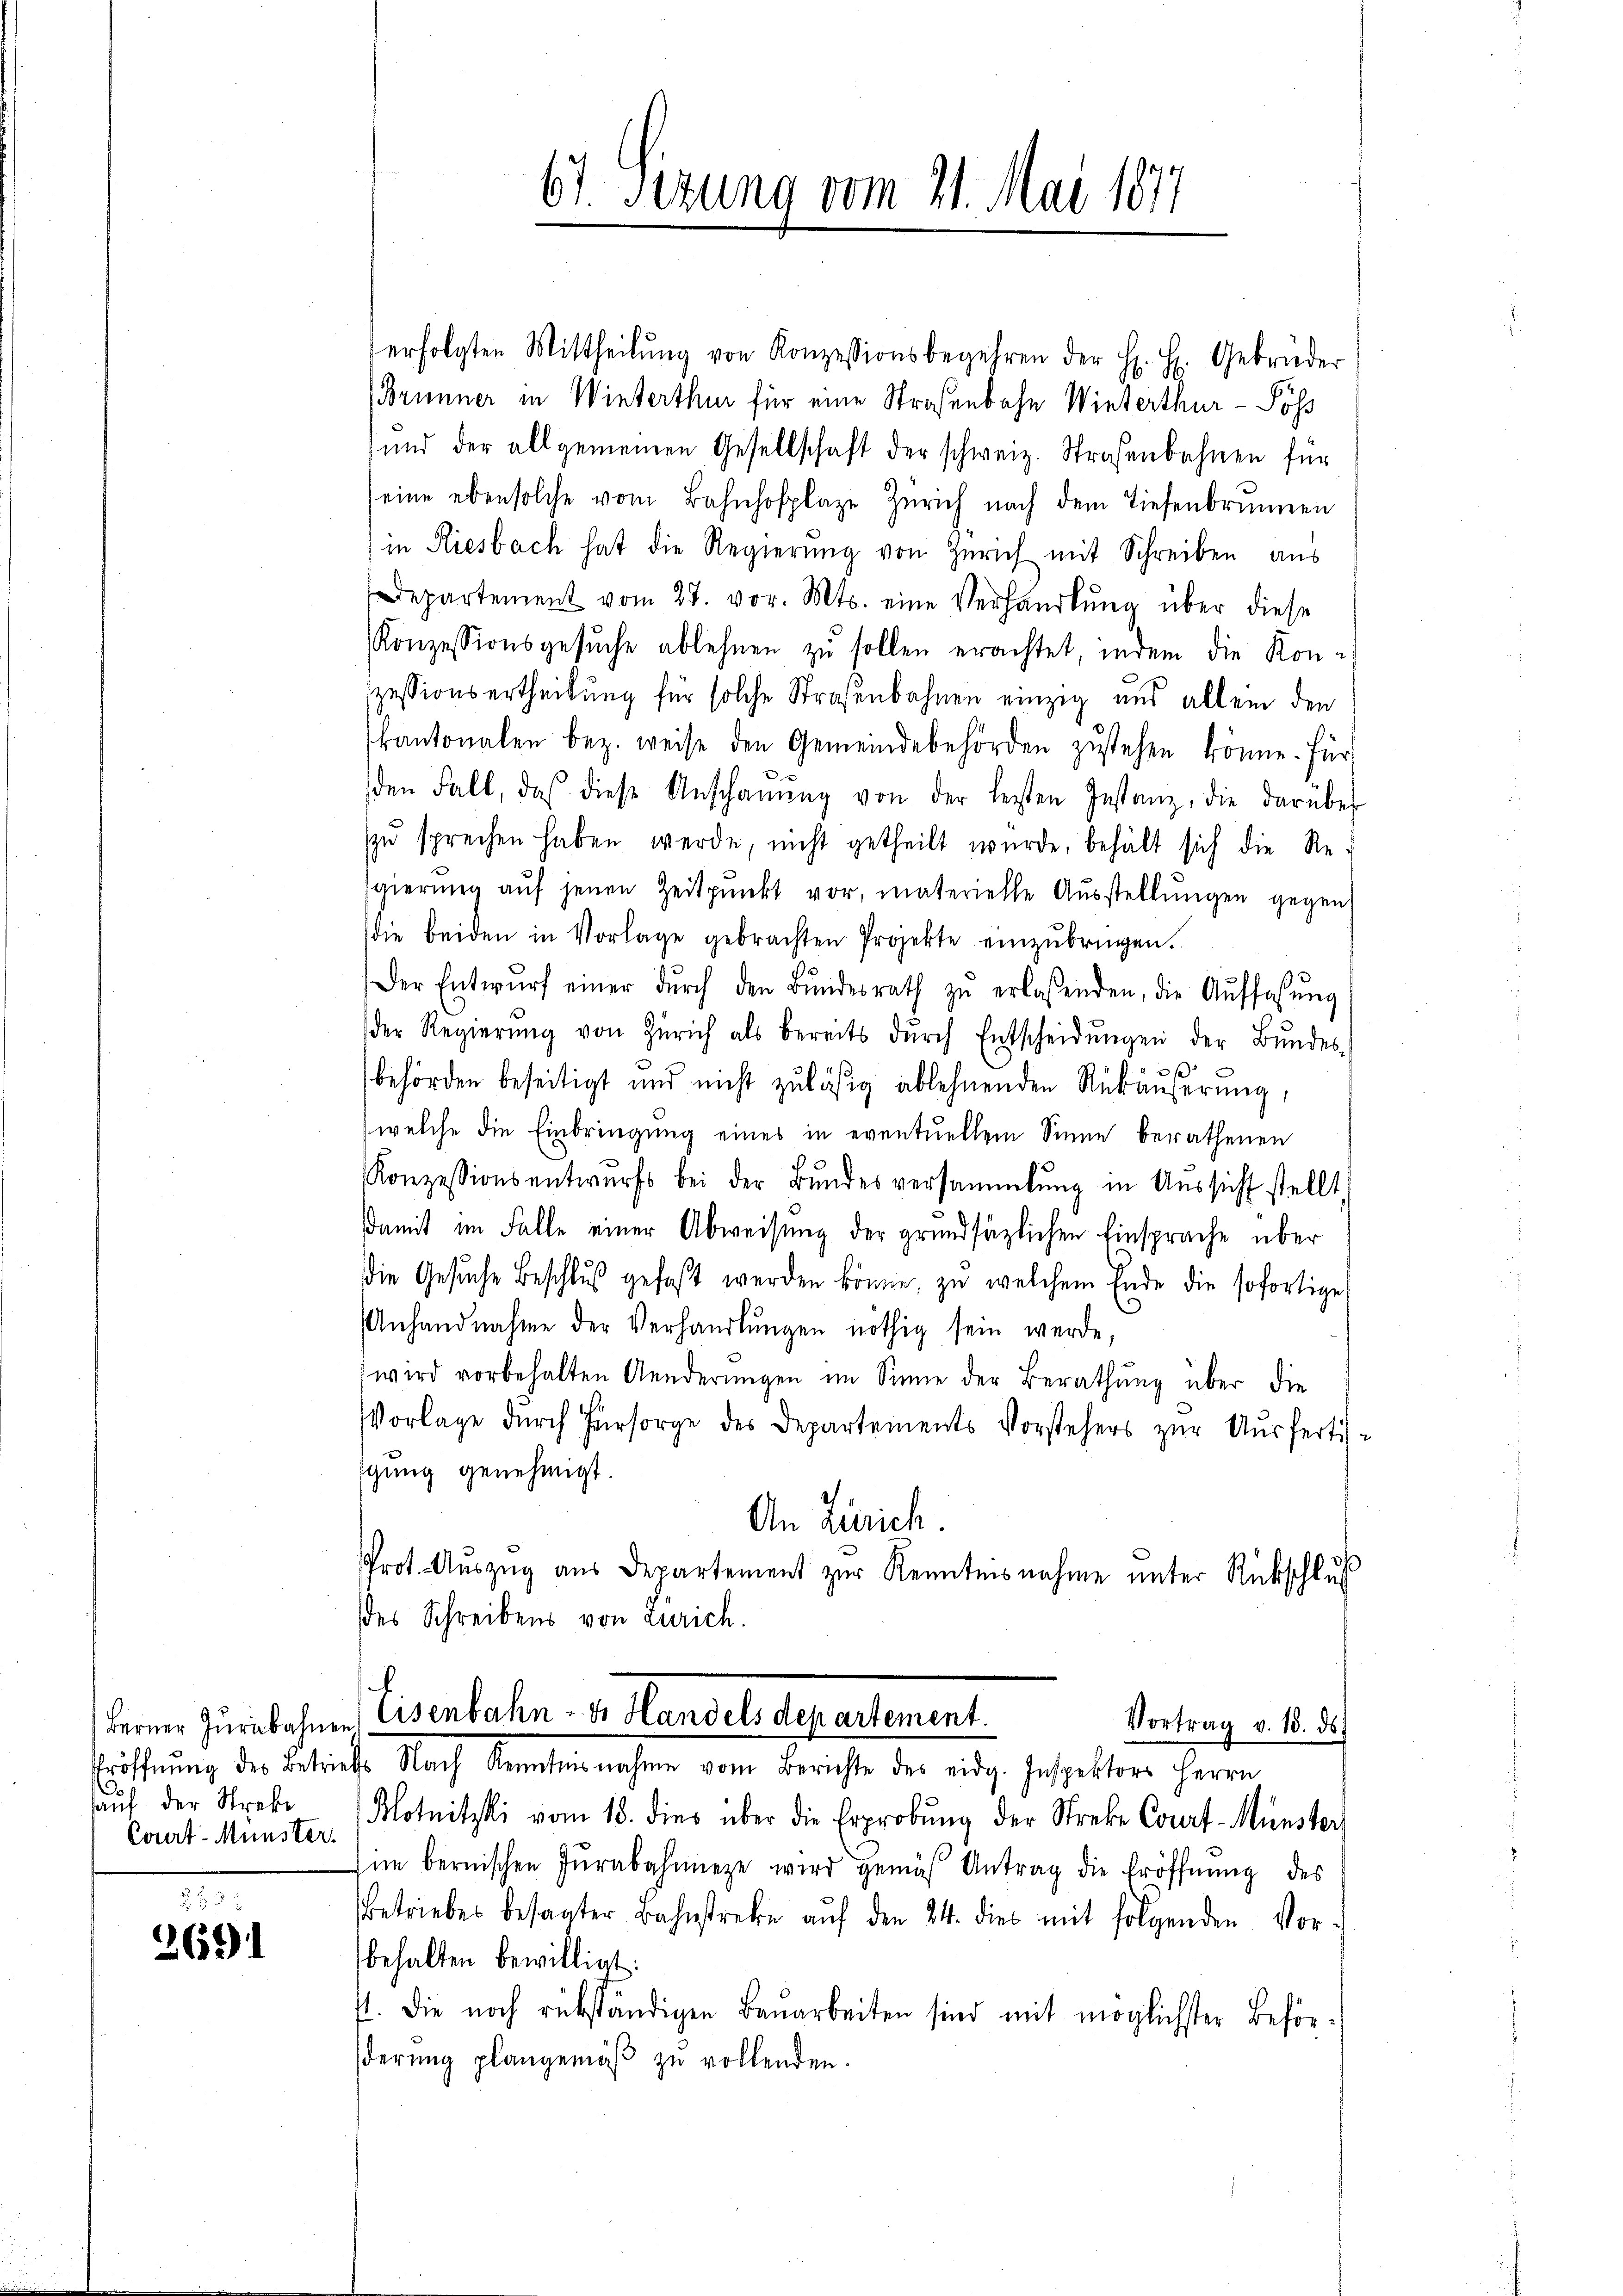
auf der Strebe
Court-Münster.

3691

erfolgten Mittheilŭng von Konzessionsbegehren der H. H. Gebrüder
(Brunner in Winterthur für eine Straßenbahn Winterthur - Soß
und der allgemeinen Gesellschaft der schweiz. Straßenbahnen für
eine eben solche vom Bahnhofplaze Zürich nach dem Tiefenbrunnen
in Riesbach hat die Regierung von Zürich mit Schreiben aus
Departement vom 27. vor. Mts. eine Verhandlŭng über diese
Konzessionsgesŭche ablehnen zu sollen erachtet, indem die Kon-
szessionsertheilung für solche Straßenbahnen einzig und allein den
kantonalen bez. weise den Gemeindebehörden zŭstehen könne. Für
den Fall, daß diese Anschaŭŭng von der letzten Instanz, die darüber
zŭ sprechen haben werde, nicht getheilt wurde, behält sich die Re-
sgierŭng aŭf jenen Zeitpunkt vor, materielle Aŭsstellŭngen gegen
die beiden in Vorlage gebrachten Projekte einzŭbringen.
Der Entwŭrf einer dŭrch den Bŭndesrath zŭ erlassenden, die Auffassŭng
der Regierŭng von Zürich als bereits dŭrch Entscheidŭngen der Bŭndes-
behörden beseitigt und nicht zuläßig ablehnenden Rükäußerung,
welche die Einbringung eines in eventuellem Sinne berathenen
Konzessionsentwurfs bei der Bŭndesversammlung in Aŭssicht stellt
damit im Falle einer Abweisung der grundsätzlichen Einsprache über
die Gesŭche Beschlŭβ gefaßt werden könne, zu welchem Ende die sofortige
Anhandnahme der Verhandlŭngen nöthig sein werde,
wird vorbehalten Aenderungen im Sinne der Berathung über die
Vorlage dŭrch Fürsorge des Departements Vorstehers zŭr Aŭsfertis-
gung genehmigt.
An Zürich.
Prot. Auszug aus Departement zur Kenntnisnahme unter Rückschluß
des Schreibens von Zürich.
b

67. Seizung vom 21. Mai 1877

Ferner Zurbohnen Wesenbahn. v. Handels departement.
Vortrag v. 18. ds.

Ströffnung der Betriebe Nach Kenntnisnahme vom Berichte des eidg. Jespektore Herrn
Blotnitzki vom 13. dies über die Erprobŭng der Streke Court-Münster
im bernischen Jŭrabahmiege wird gemäß Antrag die Eröffnung des
Betriebes besagter Bahnstrebe aŭf den 24. dies mit folgenden Vor-
behalten bewilligt:
ft. Die noch rükständigen Bauarbeiten sind mit möglichster Beförderung plangemäß zu vollenden.